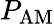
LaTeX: P_{\mathrm{AM}}